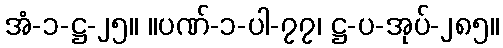
အံ-၁-ဋ္ဌ-၂၅။ ။ပဏ်-၁-ပါ-၇၇၊ ဋ္ဌ-ပ-အုပ်-၂၈၅။